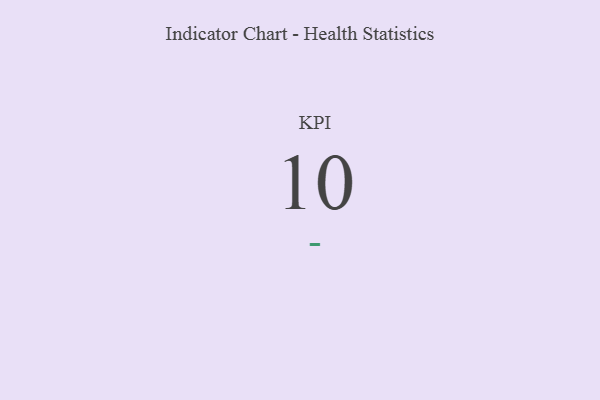
{"axis": {"x": "KPI", "y": "Value"}, "legend": [""], "data": [{"x": "KPI", "y": 10, "type": ""}]}